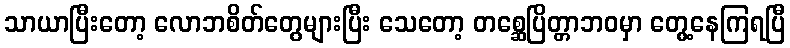
သာယာပြီးတော့ လောဘစိတ်တွေများပြီး သေတော့ တစ္ဆေပြိတ္တာဘဝမှာ တွေ့နေကြရပြီ